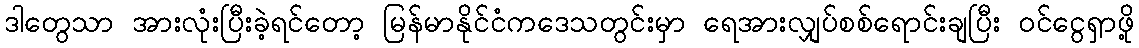
ဒါတွေသာ အားလုံးပြီးခဲ့ရင်တော့ မြန်မာနိုင်ငံကဒေသတွင်းမှာ ရေအားလျှပ်စစ်ရောင်းချပြီး ဝင်ငွေရှာဖို့